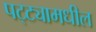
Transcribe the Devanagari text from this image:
पट्ट्यामधील